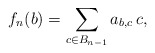
\begin{align*}f_n(b)=\sum_{c\in B_{n-1}}a_{b,c}\, c, \end{align*}